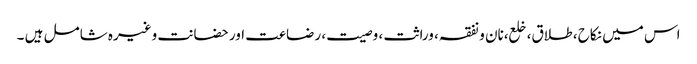
اس میں نکاح ، طلاق، خلع،نان و نفقہ، وراثت ، وصیت، رضاعت اور حضانت وغیرہ شامل ہیں ۔